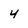
Character: 4